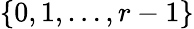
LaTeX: \{ 0,1,\ldots,r-1\}